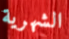
الشهرية